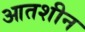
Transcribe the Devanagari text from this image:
आतशीन